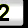
Digit: 2